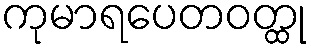
ကုမာရပေတဝတ္ထု